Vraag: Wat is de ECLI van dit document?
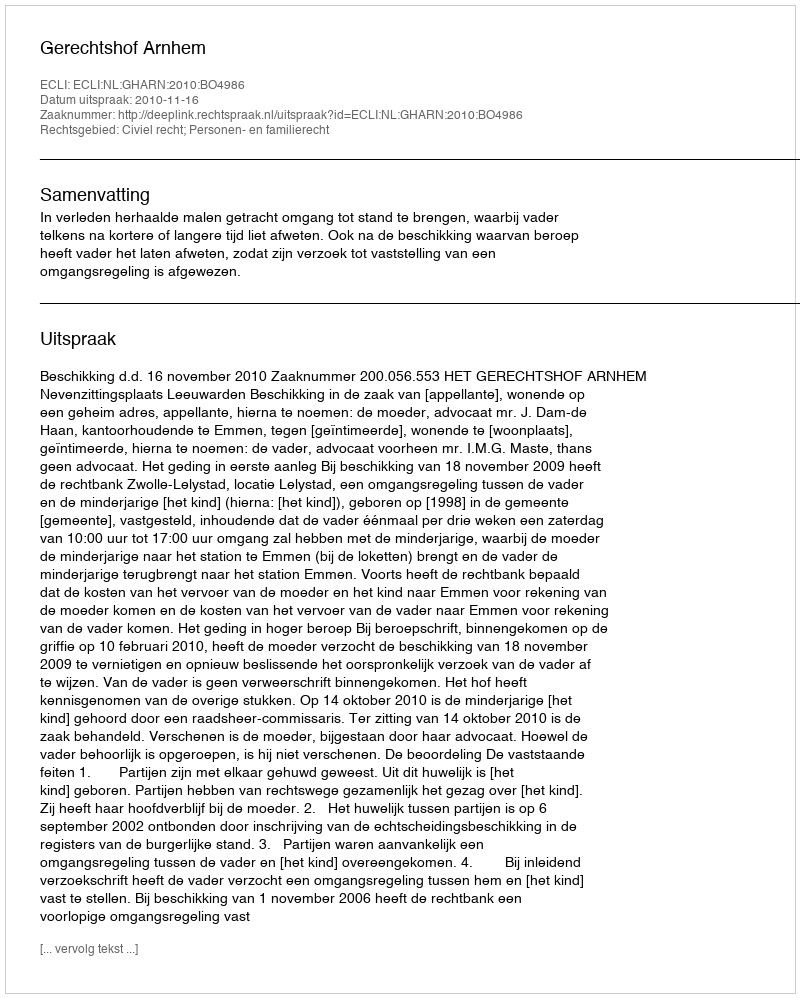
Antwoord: ECLI:NL:GHARN:2010:BO4986